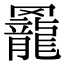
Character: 𦌼